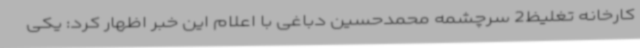
کارخانه تغلیظ2 سرچشمه محمدحسین دباغی با اعلام این خبر اظهار کرد: یکی